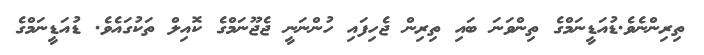
ތިރިންނެވެ.ޑުއަޑީނަމްގެ ތިންވަނަ ބައި ތިރިން ޖެހިފައި ހުންނަނީ ޖެޖޫނަމްގެ ކޮއިލް ތަކުގައެވެ. ޑުއަޑީނަމްގެ